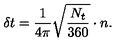
\, \delta t = \frac { 1 } { 4 \pi } \sqrt { \frac { N _ { t } } { 3 6 0 } } \cdot n .